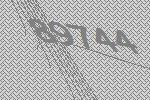
89744